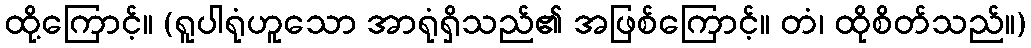
ထို့ကြောင့်။ (ရူပါရုံဟူသော အာရုံရှိသည်၏ အဖြစ်ကြောင့်။ တံ၊ ထိုစိတ်သည်။)